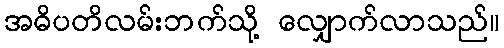
အဓိပတိလမ်းဘက်သို့ လျှောက်လာသည်။